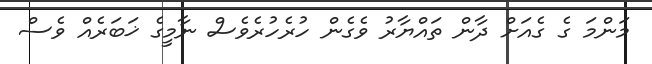
މަންމަ ގެ ގެއަށް ދާން ތައްޔާރު ވެގެން ހުރެހުރެވެސް ނާމީގެ ޚަބަރެއް ވެސް